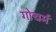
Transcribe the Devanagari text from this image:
गोचर्म